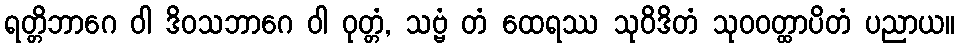
ရတ္တိဘာဂေ ဝါ ဒိဝသဘာဂေ ဝါ ဝုတ္တံ, သဗ္ဗံ တံ ထေရဿ သုဝိဒိတံ သုဝဝတ္ထာပိတံ ပညာယ။